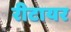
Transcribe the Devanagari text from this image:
रीटायर